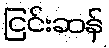
ငြင်းဆန်